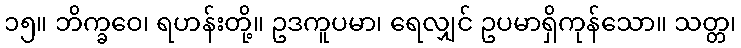
၁၅။ ဘိက္ခဝေ၊ ရဟန်းတို့။ ဥဒကူပမာ၊ ရေလျှင် ဥပမာရှိကုန်သော။ သတ္တ၊